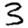
Digit: 3